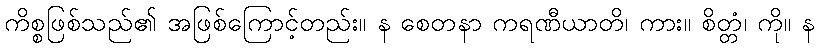
ကိစ္စဖြစ်သည်၏ အဖြစ်ကြောင့်တည်း။ န စေတနာ ကရဏီယာတိ၊ ကား။ စိတ္တံ၊ ကို။ န